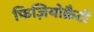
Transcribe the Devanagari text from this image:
फिज़ियोक्रैटों